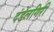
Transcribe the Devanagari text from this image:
दंडेलगिरी